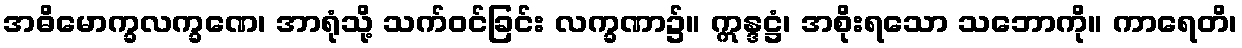
အဓိမောက္ခလက္ခဏေ၊ အာရုံသို့ သက်ဝင်ခြင်း လက္ခဏာ၌။ ဣန္ဒဋ္ဌံ၊ အစိုးရသော သဘောကို။ ကာရေတိ၊